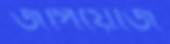
জপিয়েজি